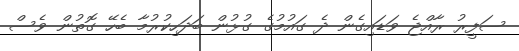
ސަފީރު ރާއްޖެ ވަޑައިގެން ދެ ގައުމުގެ ގުޅުން ބަދަހިކުރުމާ ބެހޭ ގޮތުން ވެސް